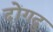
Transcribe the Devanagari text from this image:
दोंगदु